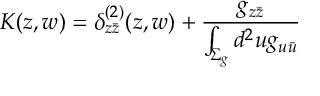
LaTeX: K ( z , w ) = \delta _ { z \bar { z } } ^ { ( 2 ) } ( z , w ) + { \frac { g _ { z \bar { z } } } { \int _ { \Sigma _ { g } } d ^ { 2 } u g _ { u \bar { u } } } }